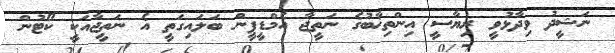
ނަޝީދު ވިދާޅުވީ ރިޔާސީ އިންތިޚާބުގެ ނަތީޖާ އެމްޑީޕީން ބަލައިގަތީ އެ ނަތީޖާއަކީ ކޯޓުން